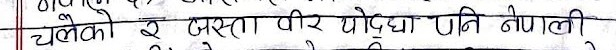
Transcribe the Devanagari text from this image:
चलेको र यस्ता वीर योद्धाहरू पनि नेपाली